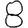
Digit: 8